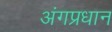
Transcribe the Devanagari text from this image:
अंगप्रधान